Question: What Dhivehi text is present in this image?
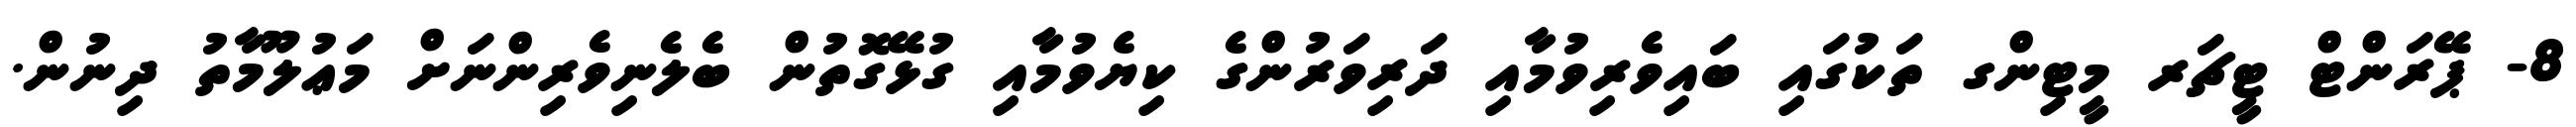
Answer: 8- ޕޭރަންޓް ޓީޗަރ މީޓިންގ ތަކުގައި ބައިވެރިވުމާއި ދަރިވަރުންގެ ކިޔެވުމާއި ގުޅޭގޮތުން ބެލެނިވެރިންނަށް މަޢުލޫމާތު ދިނުން.